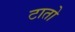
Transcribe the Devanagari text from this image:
टातो